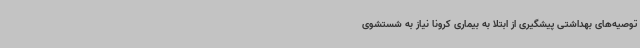
توصیه‌های بهداشتی پیشگیری از ابتلا به بیماری کرونا نیاز به شستشوی